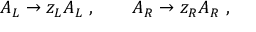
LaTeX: A _ { L } \rightarrow z _ { L } A _ { L } \ , \qquad A _ { R } \rightarrow z _ { R } A _ { R } \ ,